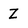
Character: z